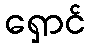
ရှောင်